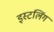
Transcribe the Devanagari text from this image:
इस्टलिंग